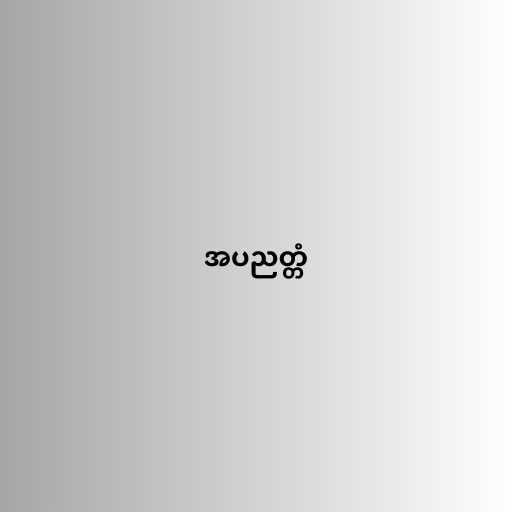
အပညတ္တံ